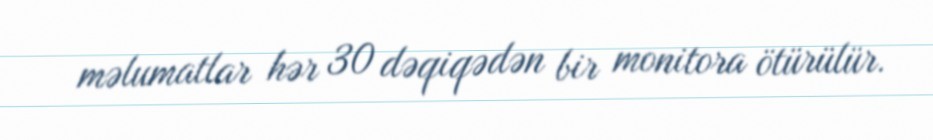
məlumatlar hər 30 dəqiqədən bir monitora ötürülür.